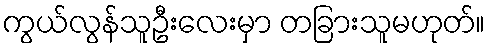
ကွယ်လွန်သူဦးလေးမှာ တခြားသူမဟုတ်။